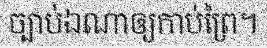
ច្បាប់ឯណាឲ្យកាប់ព្រៃ។